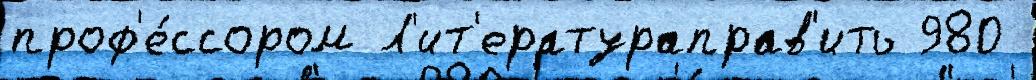
проф'е́ссором Л'ит'ератураправ'ить 980